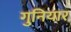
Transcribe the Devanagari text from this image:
गुनियार